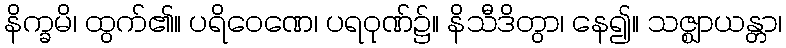
နိက္ခမိ၊ ထွက်၏။ ပရိဝေဏေ၊ ပရဝုဏ်၌။ နိသီဒိတွာ၊ နေ၍။ သဇ္ဈာယန္တာ၊